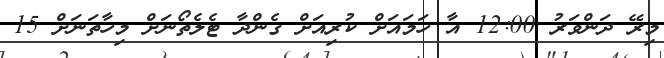
މިރޭ ދަންވަރު 12:00 އާ ހަމައަށް ކުރިއަށް ގެންދާ ޓެލެތޯނަށް މިހާތަނަށް 15